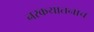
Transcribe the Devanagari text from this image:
नरकयातनाच